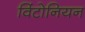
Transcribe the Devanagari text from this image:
विंटोनियन